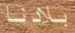
بلادنا